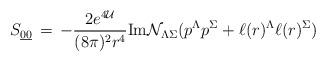
LaTeX: \begin{align*}S_{{\underline{0}}{\underline{0}}}\,=\, -\frac{2e^{4{\cal U}}}{(8\pi)^2 r^4}{\rm Im}{\cal N}_{\Lambda\Sigma}(p^\Lambda p^\Sigma+\ell (r)^\Lambda \ell (r)^\Sigma)\end{align*}